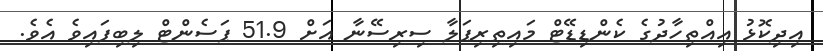
އިދިކޮޅު އިއްތިހާދުގެ ކެންޑިޑޭޓް މައިތިރިޕަލާ ސިރިސޭނާ އަށް 51.9 ޕަސެންޓް ލިބިފައިވެ އެވެ.